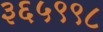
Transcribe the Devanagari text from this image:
३६५९९८